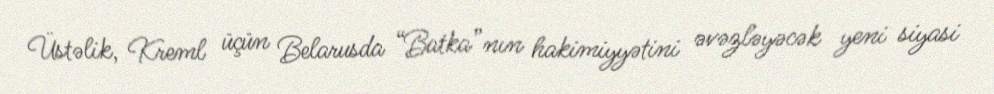
Üstəlik, Kreml üçün Belarusda “Batka”nın hakimiyyətini əvəzləyəcək yeni siyasi